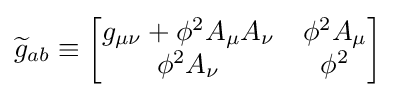
{\widetilde {g}}_{ab}\equiv {\begin{bmatrix}g_{\mu \nu }+\phi ^{2}A_{\mu }A_{\nu }&\phi ^{2}A_{\mu }\\\phi ^{2}A_{\nu }&\phi ^{2}\end{bmatrix}}